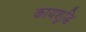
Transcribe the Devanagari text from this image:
कायशुद्धि